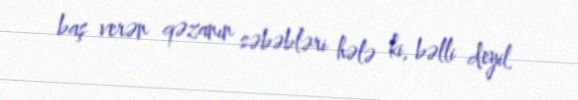
baş verən qəzanın səbəbləri hələ ki, bəlli deyil.